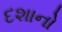
દશાનો